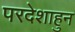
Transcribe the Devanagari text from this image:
परदेशाहुन